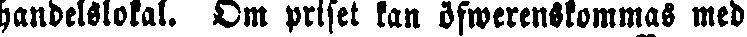
handelslokal. Om prlset kan öfwerenskommas med